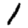
Digit: 1